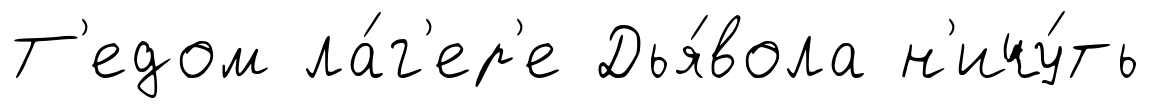
Т'едом ла́г'ер'е Дья́вола н'ичу́ть